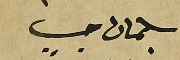
سليمان حبيب